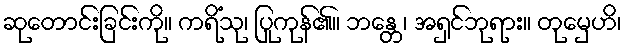
ဆုတောင်းခြင်းကို။ ကရိံသု၊ ပြုကုန်၏။ ဘန္တေ၊ အရှင်ဘုရား။ တုမှေဟိ၊